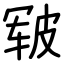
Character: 皲